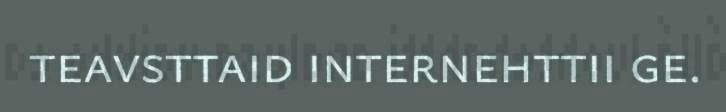
teavsttaid internehttii ge.